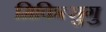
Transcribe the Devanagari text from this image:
मिकित्सुगु